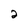
Character: 2